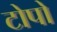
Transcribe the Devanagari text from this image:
टोपो